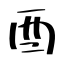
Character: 酉